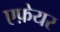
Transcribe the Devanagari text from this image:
एफ़ेयर